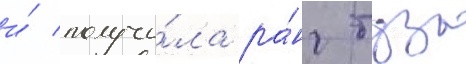
и́ получи́ла ра́нг туза